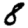
Digit: 8